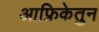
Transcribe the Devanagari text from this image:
आफ्रिकेतुन